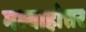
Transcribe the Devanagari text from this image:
मध्याहोत्तर